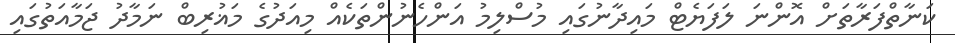
ކަނާތްފަރާތަށް އޮންނަ ލަފަޔެޓް މައިދާނުގައި މުސްލިމު އަންހެނުންތަކެއް މިއަދުގެ މަޣުރިބް ނަމާދު ޖަމާއަތުގައި